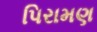
પિરામણ